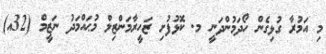
މި އަމުރާ ގުޅިގެން ހޯދަމުންދަނީ މ. ކޮޅުފުށި ޒަހީރާމަންޒިލް މުޙައްމަދު ނަޒީމް (32އ)